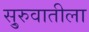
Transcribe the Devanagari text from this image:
सु्रुवातीला